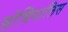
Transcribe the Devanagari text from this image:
सोशियालिस